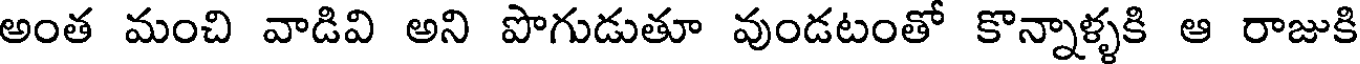
అంత మంచి వాడివి అని పొగుడుతూ వుండటంతో కొన్నాళ్ళకి ఆ రాజుకి